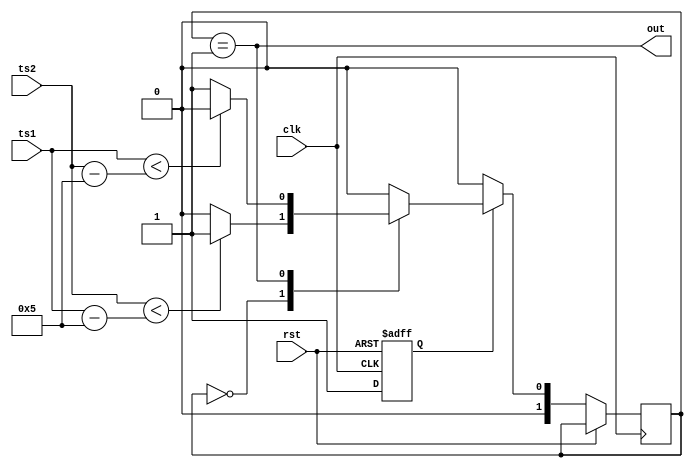
`define TH 8'sd5

module hc(
	input wire clk,
	input wire rst,
	input wire signed [7:0] ts1, ts2,
	output wire out
	);

localparam STATE_2GE1 = 2'd0, STATE_1G2 = 2'd1;
reg [1:0] state, next_state;
reg initialized;

// OUTPUT COMBINATIONAL LOGIC
assign out = (state == STATE_1G2); // If ts1 is greater than ts2 then output high.

// UPDATE STATE SEQUENTIAL LOGIC
always@(posedge clk or posedge rst)
begin
	if(rst) initialized <= 1'd0;
	else if(initialized) state <= next_state;
	else 
	begin 
		state <= STATE_2GE1; // Initialize
		initialized <= 1'd1; 
	end
	
end

// NEXT STATE COMBINATIONAL LOGIC
always@(ts1 or ts2 or state)
begin
	next_state = state;
	case(state)
		STATE_2GE1:
		begin
			if(ts2 < (ts1 - `TH)) next_state = STATE_1G2;
			else next_state = STATE_2GE1;
		end
		STATE_1G2 : 
		begin
			if(ts1 < (ts2 - `TH)) next_state = STATE_2GE1;
			else next_state = STATE_1G2;
		end
		default:
		next_state = STATE_2GE1;
	endcase

end

endmodule